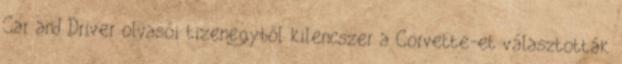
Car and Driver olvasói tizenegyből kilencszer a Corvette-et választották